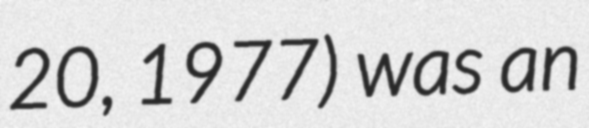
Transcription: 20, 1977) was an